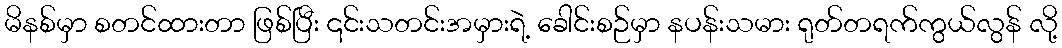
မိနစ်မှာ စတင်ထားတာ ဖြစ်ပြီး ၎င်းသတင်းအမှားရဲ့ ခေါင်းစဉ်မှာ နပန်းသမား ရုတ်တရက်ကွယ်လွန် လို့